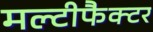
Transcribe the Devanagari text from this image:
मल्टीफैक्टर